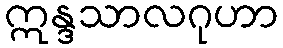
ဣန္ဒသာလဂုဟာ